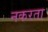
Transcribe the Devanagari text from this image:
नकरता